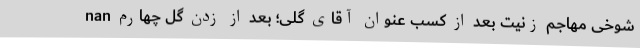
nan شوخی مهاجم زنیت بعد از کسب عنوان آقای گلی؛ بعد از زدن گل چهارم